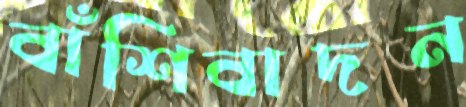
বাঁশিবাদন